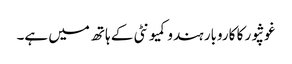
غوثپور کا کاروبار ہندو کمیونٹی کے ہاتھ میں ہے۔